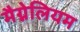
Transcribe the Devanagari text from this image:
मैग्नेलियम